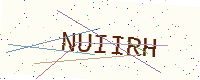
Text: NUIIRH